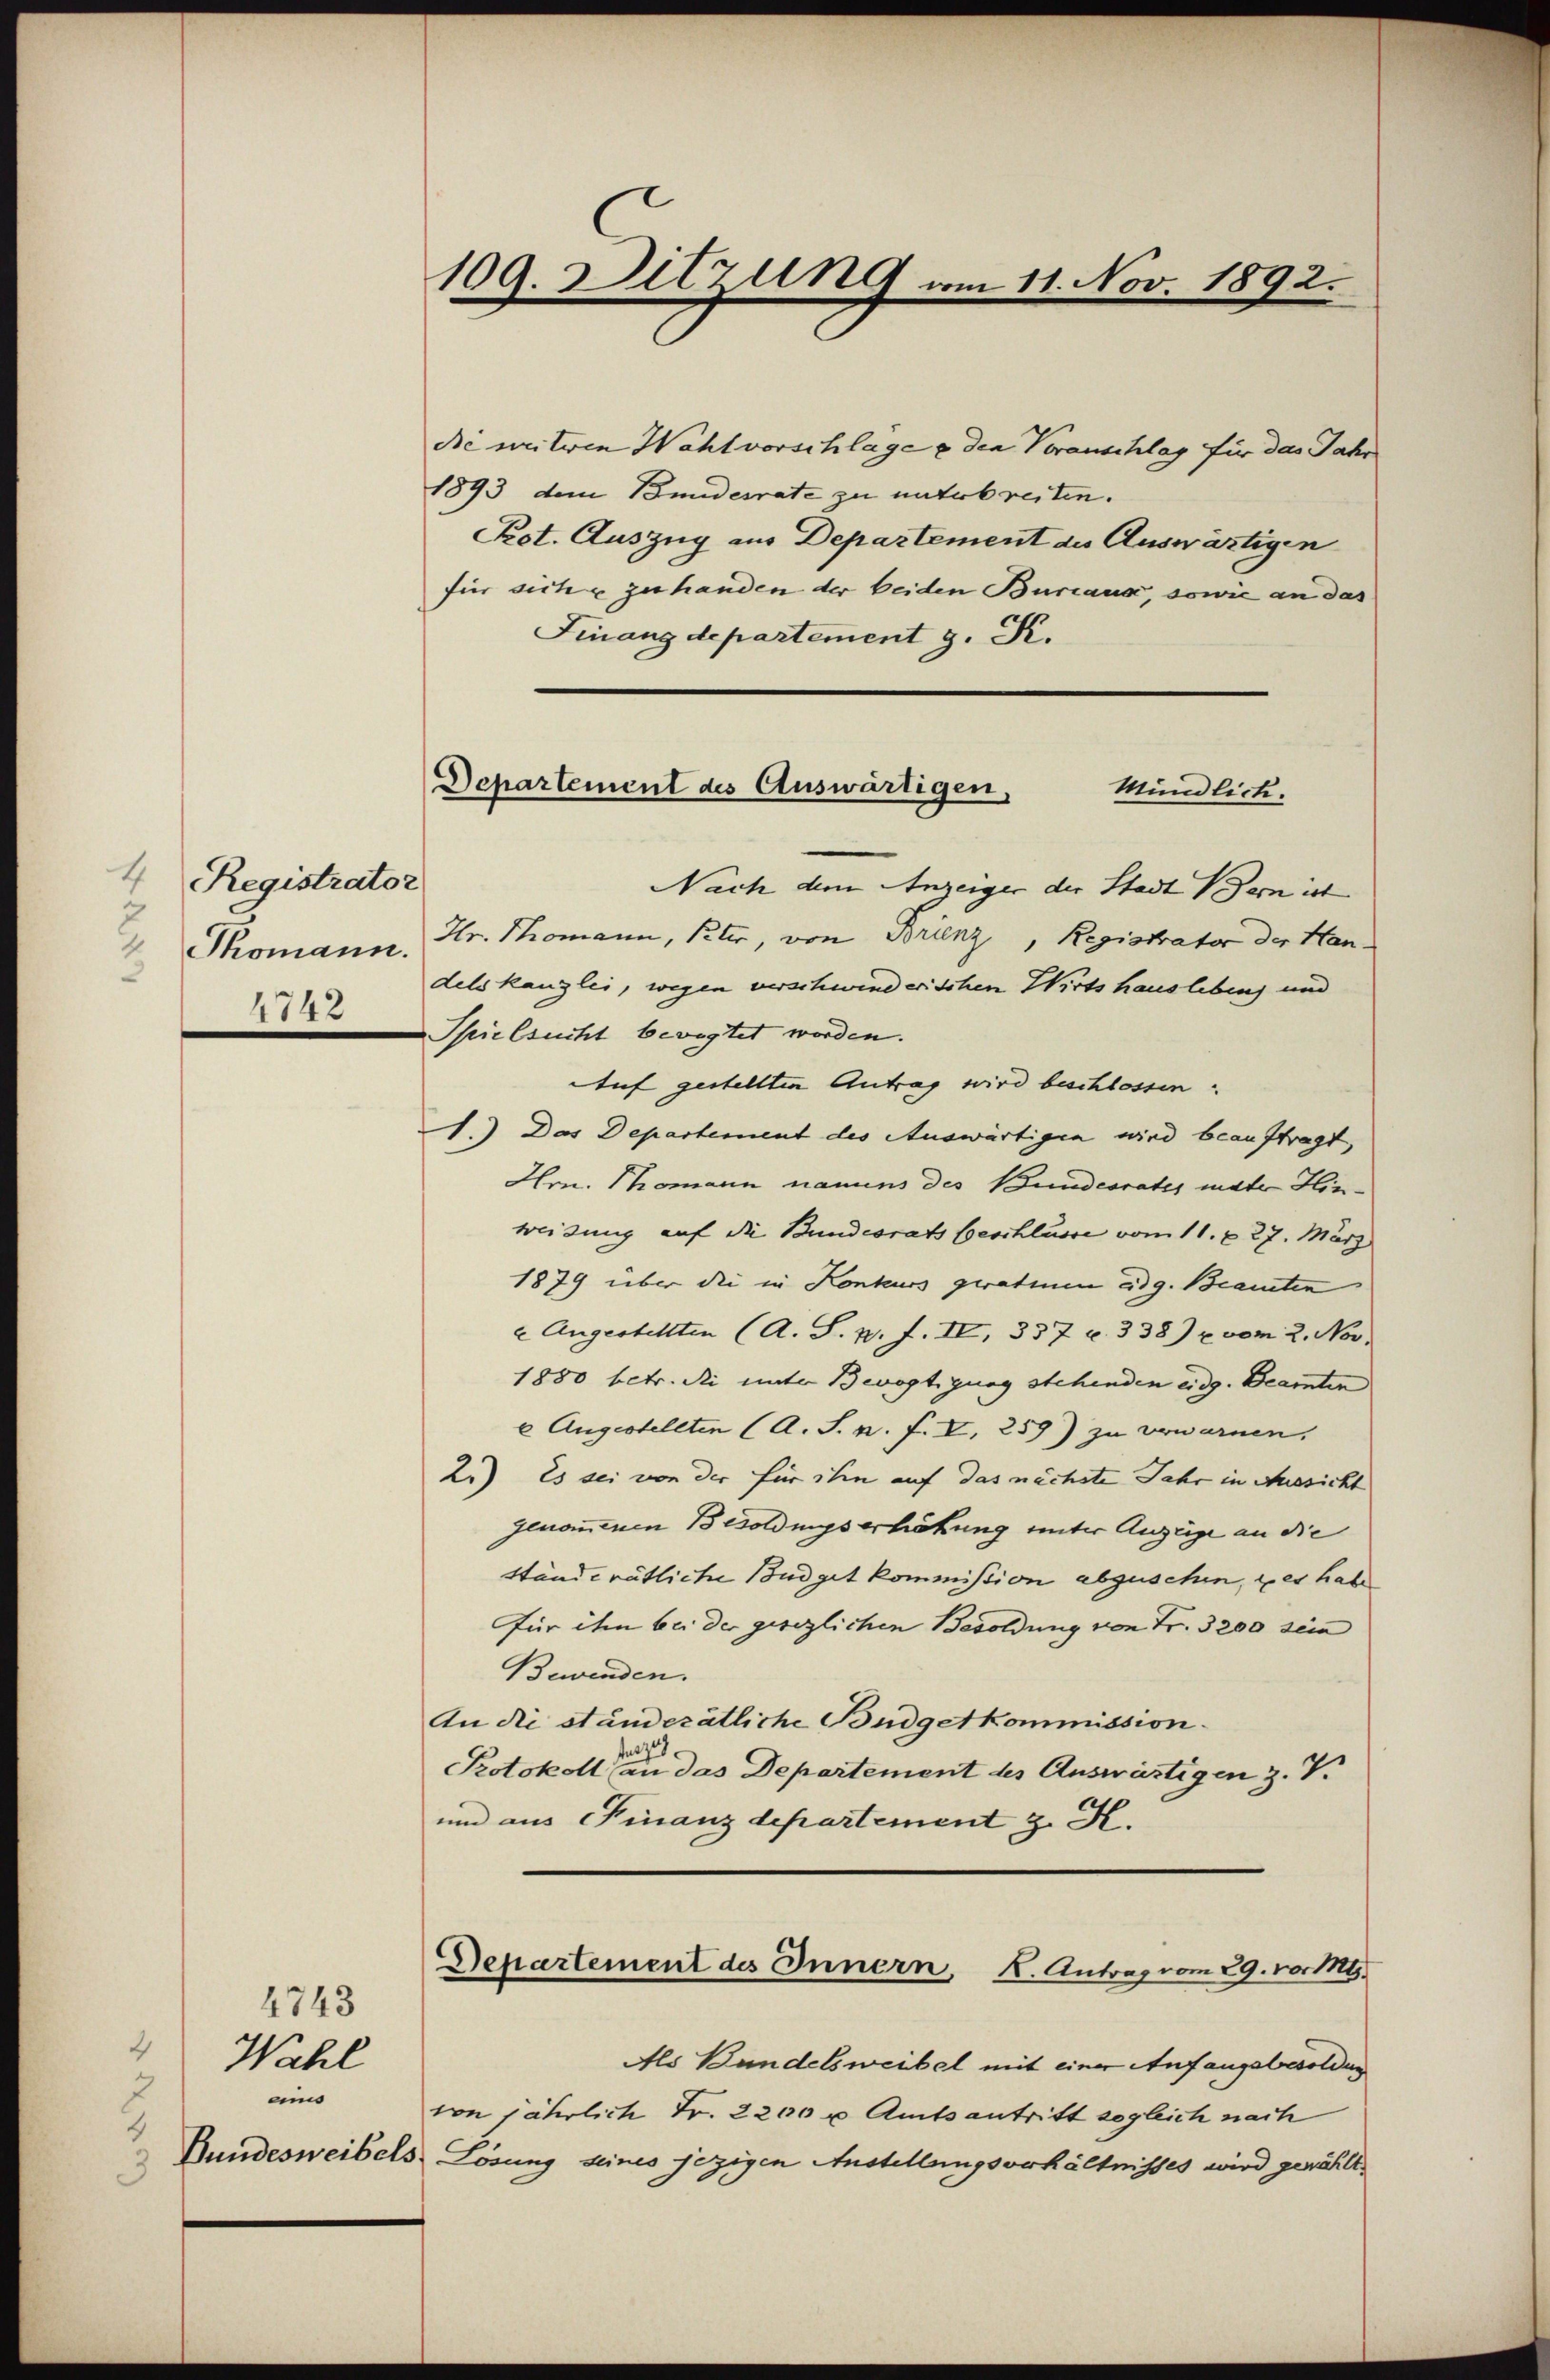
4 Registrator
2
1
Thomann.
4742

4743
Wahl
ein

109. Ditzung vom 11. Nov. 1892.

die mitwie Wahlvorschläge & den Voranschlag für das Jahr
1893 dem Bundesrate zu unterbreiten.
Prot. Auszug aus Departement des Auswärtigen
für sich zu handen der beiden Bureaux, sowie an das
Finanzdepartement g. K.

Departement des Auswärtigen,
Mündlich.

Nach dem Anzeiger der Stadt Bern ist
Hr. Thomann, Peter, von Borienz, Registrator der Han-
delskanzlei, wegen verschwinderischen Wirtshauslebens und
Spielsucht bevogtet worden.
Auf gestellten Antrag wird beschlossen.
1.) Das Departement des Auswärtigen wird beauftragt,
Hm. Thomann namens des Bundesrates mate Hinweisung auf die Bundesrats beschlusse vom 11. & 27. März
1879 über die in Konteurs geratien adg. Beamten
e Angestellten (A. S. B. f. II, 337 u. 338) u. vom 2. Nov.
1880 betr. die unter Bevogtigung stehenden eidg. Beamten
6 Augestellten (A. S. a. f. IV, 259) zu verwarnen.
2.) Es sei von der für ihn auf das nächste Jahr in Aussicht
genommenen Besoldungserhöhung unter Anzüge an die
Standerätliche Budgetkommission abzuschen, u es habe
für ihm bei der gesezlichen Besoldung von Fr. 3200 sein
Bewenden.
An die ständerätliche Büdgetkommission.
n
Protokoll an das Departement des Auswärtigen z. V.
um aus Finanzdepartement z. H.

Departement des Innern, K. Antrag vom 29. vor 14.

Als Bundelsweibel mit einer Anfangsbesoldung
von jährlich Fr. 2200 u Amtsantritt sogleich nach
Bundesweibels Lösung seines jezigen Anstellungsverhältnisses wird gewählt,